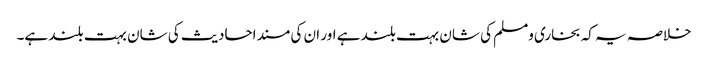
خلاصہ یہ کہ بخاری ومسلم کی شان بہت بلند ہے اور ان کی مسند احادیث کی شان بہت بلند ہے۔